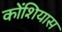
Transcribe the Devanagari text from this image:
कोंशियास